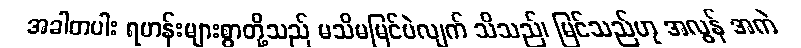
အခါတပါး ရဟန်းများစွာတို့သည် မသိမမြင်ပဲလျက် သိသည်၊ မြင်သည်ဟု အလွန် အကဲ